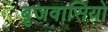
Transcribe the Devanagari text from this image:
बृजवासियों